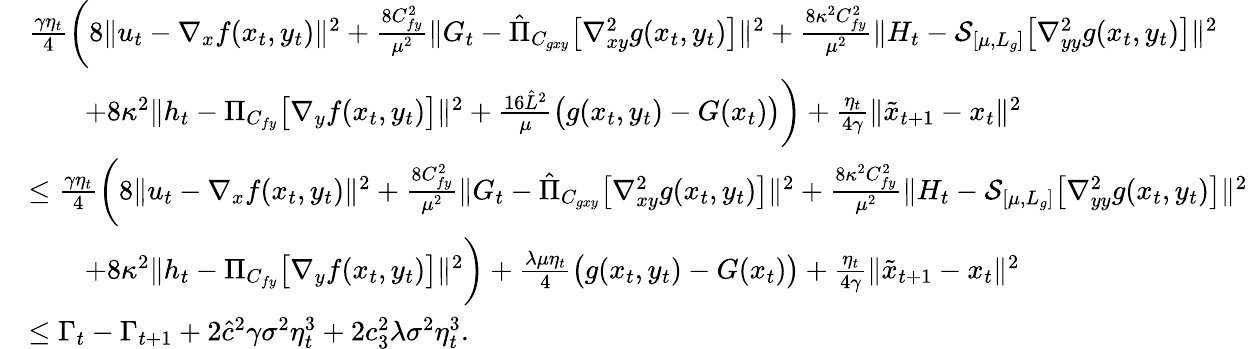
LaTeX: \begin{array}{rl}&{\frac{\gamma\eta_{t}}{4}\bigg(8\| u_{t}-\nabla_{x}f(x_{t},y_{t})\| ^{2}+\frac{8C_{fy}^{2}}{\mu^{2}}\| G_{t}-\hat{\Pi}_{C_{gxy}}\big[\nabla_{xy}^{2}g(x_{t},y_{t})\big]\| ^{2}+\frac{8\kappa^{2}C_{fy}^{2}}{\mu^{2}}\| H_{t}-\mathcal{S}_{[\mu,L_{g}]}\big[\nabla_{yy}^{2}g(x_{t},y_{t})\big]\| ^{2}}\\ &{\qquad+8\kappa^{2}\| h_{t}-\Pi_{C_{fy}}\big[\nabla_{y}f(x_{t},y_{t})\big]\| ^{2}+\frac{16\hat{L}^{2}}{\mu}\big(g(x_{t},y_{t})-G(x_{t})\big)\bigg)+\frac{\eta_{t}}{4\gamma}\| \tilde{x}_{t+1}-x_{t}\| ^{2}}\\ &{\leq\frac{\gamma\eta_{t}}{4}\bigg(8\| u_{t}-\nabla_{x}f(x_{t},y_{t})\| ^{2}+\frac{8C_{fy}^{2}}{\mu^{2}}\| G_{t}-\hat{\Pi}_{C_{gxy}}\big[\nabla_{xy}^{2}g(x_{t},y_{t})\big]\| ^{2}+\frac{8\kappa^{2}C_{fy}^{2}}{\mu^{2}}\| H_{t}-\mathcal{S}_{[\mu,L_{g}]}\big[\nabla_{yy}^{2}g(x_{t},y_{t})\big]\| ^{2}}\\ &{\qquad+8\kappa^{2}\| h_{t}-\Pi_{C_{fy}}\big[\nabla_{y}f(x_{t},y_{t})\big]\| ^{2}\bigg)+\frac{\lambda\mu\eta_{t}}{4}\big(g(x_{t},y_{t})-G(x_{t})\big)+\frac{\eta_{t}}{4\gamma}\| \tilde{x}_{t+1}-x_{t}\| ^{2}}\\ &{\leq\Gamma_{t}-\Gamma_{t+1}+2\hat{c}^{2}\gamma\sigma^{2}\eta_{t}^{3}+2c_{3}^{2}\lambda\sigma^{2}\eta_{t}^{3}.}\end{array}